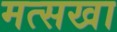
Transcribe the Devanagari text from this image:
मत्सखा